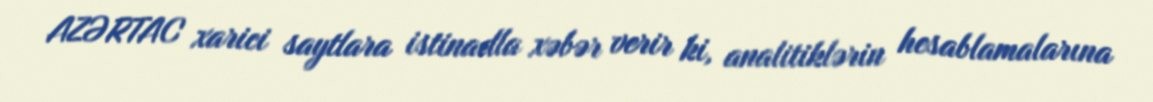
AZƏRTAC xarici saytlara istinadla xəbər verir ki, analitiklərin hesablamalarına